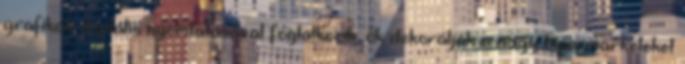
grafikák digitális nyomtatásával foglalkozik, ők dekorálják a nagy hipermarketeket